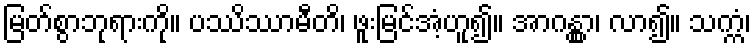
မြတ်စွာဘုရားကို။ ပဿိဿာမီတိ၊ ဖူးမြင်အံ့ဟူ၍။ အာဂန္တွာ၊ လာ၍။ သက္ကံ၊